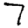
Digit: 7